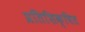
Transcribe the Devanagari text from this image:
प्रतिशिक्षित